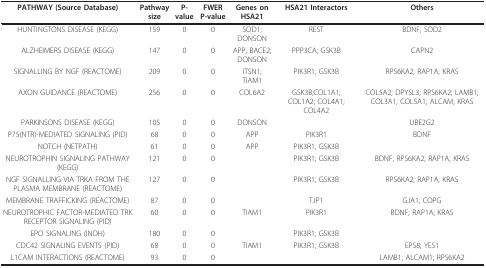
<table><thead><tr><td><b>PATHWAY (Source Database)</b></td><td><b>Pathwaysize</b></td><td><b>P-value</b></td><td><b>FWER P-value</b></td><td><b>Genes on HSA21</b></td><td><b>HSA21 Interactors</b></td><td><b>Others</b></td></tr></thead><tbody><tr><td>HUNTINGTONS DISEASE (KEGG)</td><td>159</td><td>0</td><td>0</td><td>SOD1; DONSON</td><td>REST</td><td>BDNF; SOD2</td></tr><tr><td>ALZHEIMERS DISEASE (KEGG)</td><td>147</td><td>0</td><td>0</td><td>APP; BACE2; DONSON</td><td>PPP3CA; GSK3B</td><td>CAPN2</td></tr><tr><td>SIGNALLING BY NGF (REACTOME)</td><td>209</td><td>0</td><td>0</td><td>ITSN1; TIAM1</td><td>PIK3R1; GSK3B</td><td>RPS6KA2; RAP1A; KRAS</td></tr><tr><td>AXON GUIDANCE (REACTOME)</td><td>256</td><td>0</td><td>0</td><td>COL6A2</td><td>GSK3B;COL1A1; COL1A2; COL4A1; COL4A2</td><td>COL5A2; DPYSL3; RPS6KA2; LAMB1; COL3A1; COL5A1; ALCAM; KRAS</td></tr><tr><td>PARKINSONS DISEASE (KEGG)</td><td>105</td><td>0</td><td>0</td><td>DONSON</td><td></td><td>UBE2G2</td></tr><tr><td>P75(NTR)-MEDIATED SIGNALING (PID)</td><td>68</td><td>0</td><td>0</td><td>APP</td><td>PIK3R1</td><td>BDNF</td></tr><tr><td>NOTCH (NETPATH)</td><td>61</td><td>0</td><td>0</td><td>APP</td><td>PIK3R1; GSK3B</td><td></td></tr><tr><td>NEUROTROPHIN SIGNALING PATHWAY (KEGG)</td><td>121</td><td>0</td><td>0</td><td></td><td>PIK3R1; GSK3B</td><td>BDNF; RPS6KA2; RAP1A; KRAS</td></tr><tr><td>NGF SIGNALLING VIA TRKA FROM THE PLASMA MEMBRANE (REACTOME)</td><td>127</td><td>0</td><td>0</td><td></td><td>PIK3R1; GSK3B</td><td>RPS6KA2; RAP1A; KRAS</td></tr><tr><td>MEMBRANE TRAFFICKING (REACTOME)</td><td>87</td><td>0</td><td>0</td><td></td><td>TJP1</td><td>GJA1; COPG</td></tr><tr><td>NEUROTROPHIC FACTOR-MEDIATED TRK RECEPTOR SIGNALING (PID)</td><td>60</td><td>0</td><td>0</td><td>TIAM1</td><td>PIK3R1</td><td>BDNF; RAP1A; KRAS</td></tr><tr><td>EPO SIGNALING (INOH)</td><td>180</td><td>0</td><td>0</td><td></td><td>PIK3R1; GSK3B</td><td></td></tr><tr><td>CDC42 SIGNALING EVENTS (PID)</td><td>68</td><td>0</td><td>0</td><td>TIAM1</td><td>PIK3R1; GSK3B</td><td>EPS8; YES1</td></tr><tr><td>L1CAM INTERACTIONS (REACTOME)</td><td>93</td><td>0</td><td>0</td><td></td><td></td><td>LAMB1; ALCAM1; RPS6KA2</td></tr></tbody></table>